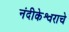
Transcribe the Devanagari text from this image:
नंदीकेश्वराचे